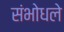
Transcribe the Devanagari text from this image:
संभोधले